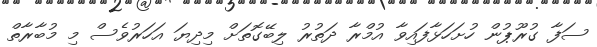
ސަފާ ގުރޫޕުން ހުށަހަޅާފައިވާ އުމްރާ ދަތުރު ލިބޭގޮތަށް މިދިޔަ އަހަަަރުވެސް މި މުބާރާތް